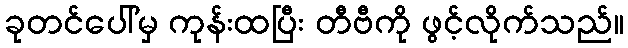
ခုတင်ပေါ်မှ ကုန်းထပြီး တီဗီကို ဖွင့်လိုက်သည်။